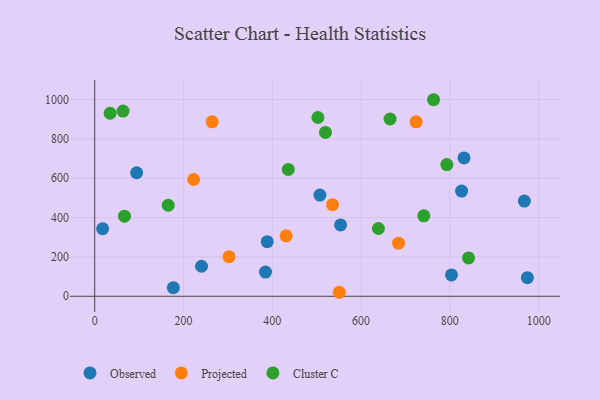
{"axis": {"x": "Price", "y": "Exam Score"}, "legend": ["Cluster C", "Observed", "Projected"], "data": [{"x": "17.9", "y": 343.1, "type": "Observed"}, {"x": "177.2", "y": 43.7, "type": "Observed"}, {"x": "967.8", "y": 484.0, "type": "Observed"}, {"x": "553.9", "y": 362.5, "type": "Observed"}, {"x": "507.3", "y": 514.3, "type": "Observed"}, {"x": "974.6", "y": 94.5, "type": "Observed"}, {"x": "388.6", "y": 277.5, "type": "Observed"}, {"x": "94.5", "y": 627.8, "type": "Observed"}, {"x": "831.9", "y": 703.1, "type": "Observed"}, {"x": "384.8", "y": 123.2, "type": "Observed"}, {"x": "803.7", "y": 108.6, "type": "Observed"}, {"x": "240.6", "y": 152.5, "type": "Observed"}, {"x": "826.4", "y": 534.8, "type": "Observed"}, {"x": "431.4", "y": 307.1, "type": "Projected"}, {"x": "724.0", "y": 886.3, "type": "Projected"}, {"x": "222.8", "y": 593.4, "type": "Projected"}, {"x": "684.5", "y": 269.6, "type": "Projected"}, {"x": "551.1", "y": 20.3, "type": "Projected"}, {"x": "302.7", "y": 201.1, "type": "Projected"}, {"x": "535.7", "y": 465.3, "type": "Projected"}, {"x": "264.7", "y": 886.7, "type": "Projected"}, {"x": "34.8", "y": 930.1, "type": "Cluster C"}, {"x": "502.8", "y": 908.4, "type": "Cluster C"}, {"x": "842.1", "y": 194.8, "type": "Cluster C"}, {"x": "519.8", "y": 832.6, "type": "Cluster C"}, {"x": "67.1", "y": 406.8, "type": "Cluster C"}, {"x": "793.2", "y": 669.4, "type": "Cluster C"}, {"x": "639.1", "y": 344.4, "type": "Cluster C"}, {"x": "436.0", "y": 644.5, "type": "Cluster C"}, {"x": "665.3", "y": 900.8, "type": "Cluster C"}, {"x": "741.3", "y": 408.9, "type": "Cluster C"}, {"x": "165.6", "y": 462.6, "type": "Cluster C"}, {"x": "63.8", "y": 940.9, "type": "Cluster C"}, {"x": "763.3", "y": 998.8, "type": "Cluster C"}]}